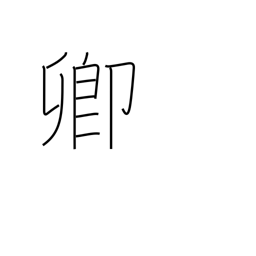
Meaning: lord